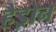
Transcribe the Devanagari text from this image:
हैड्रोन